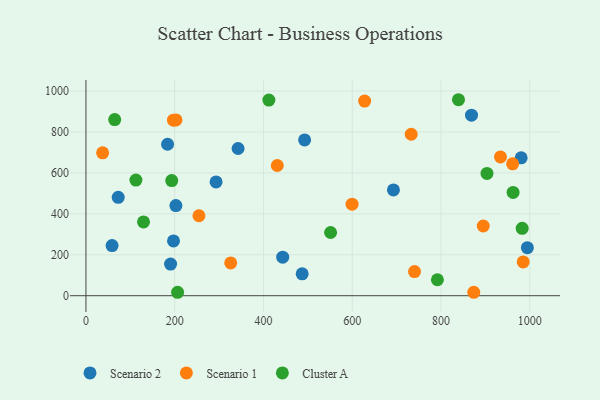
{"axis": {"x": "Distance", "y": "Fuel Efficiency"}, "legend": ["Cluster A", "Scenario 1", "Scenario 2"], "data": [{"x": "58.9", "y": 245.2, "type": "Scenario 2"}, {"x": "183.9", "y": 740.0, "type": "Scenario 2"}, {"x": "72.7", "y": 480.9, "type": "Scenario 2"}, {"x": "692.8", "y": 516.7, "type": "Scenario 2"}, {"x": "342.8", "y": 719.3, "type": "Scenario 2"}, {"x": "980.6", "y": 673.5, "type": "Scenario 2"}, {"x": "190.7", "y": 154.4, "type": "Scenario 2"}, {"x": "487.2", "y": 107.1, "type": "Scenario 2"}, {"x": "868.7", "y": 882.1, "type": "Scenario 2"}, {"x": "492.7", "y": 761.0, "type": "Scenario 2"}, {"x": "443.3", "y": 188.5, "type": "Scenario 2"}, {"x": "994.6", "y": 234.5, "type": "Scenario 2"}, {"x": "197.3", "y": 267.6, "type": "Scenario 2"}, {"x": "293.2", "y": 556.1, "type": "Scenario 2"}, {"x": "202.7", "y": 440.2, "type": "Scenario 2"}, {"x": "431.1", "y": 636.3, "type": "Scenario 1"}, {"x": "873.8", "y": 16.8, "type": "Scenario 1"}, {"x": "599.6", "y": 447.5, "type": "Scenario 1"}, {"x": "197.2", "y": 857.6, "type": "Scenario 1"}, {"x": "37.6", "y": 698.2, "type": "Scenario 1"}, {"x": "627.9", "y": 950.9, "type": "Scenario 1"}, {"x": "985.2", "y": 165.2, "type": "Scenario 1"}, {"x": "202.9", "y": 858.9, "type": "Scenario 1"}, {"x": "732.9", "y": 788.8, "type": "Scenario 1"}, {"x": "740.3", "y": 118.0, "type": "Scenario 1"}, {"x": "895.2", "y": 340.5, "type": "Scenario 1"}, {"x": "326.2", "y": 160.0, "type": "Scenario 1"}, {"x": "934.0", "y": 678.0, "type": "Scenario 1"}, {"x": "961.4", "y": 644.3, "type": "Scenario 1"}, {"x": "254.6", "y": 390.7, "type": "Scenario 1"}, {"x": "791.9", "y": 78.1, "type": "Cluster A"}, {"x": "962.4", "y": 504.7, "type": "Cluster A"}, {"x": "551.2", "y": 308.9, "type": "Cluster A"}, {"x": "982.9", "y": 329.3, "type": "Cluster A"}, {"x": "839.4", "y": 957.6, "type": "Cluster A"}, {"x": "64.8", "y": 860.4, "type": "Cluster A"}, {"x": "112.6", "y": 564.8, "type": "Cluster A"}, {"x": "129.7", "y": 360.7, "type": "Cluster A"}, {"x": "903.6", "y": 597.5, "type": "Cluster A"}, {"x": "206.5", "y": 16.8, "type": "Cluster A"}, {"x": "193.3", "y": 562.7, "type": "Cluster A"}, {"x": "412.2", "y": 955.9, "type": "Cluster A"}]}